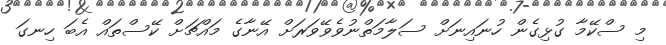
މި ސްކޭމާ ގުޅިގެން ހުނައިނަށް ސަލާމަތްނުވެވޭވަރަށް އޭނާގެ މައްޗަށް ކޭސްތައް އެބަ ހިނގަ